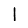
Digit: 1